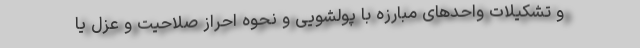
و تشکیلات واحدهای مبارزه با پولشویی و نحوه احراز صلاحیت و عزل یا